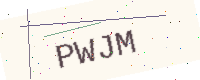
Text: PWJM